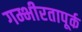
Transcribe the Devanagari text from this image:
गम्भीरतापूर्क